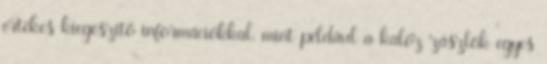
értékes kiegészítő információkkal, mint például a kalóz zászlók egyes